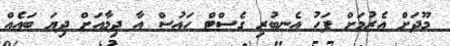
މޫދަށް އެރުމަށް ފަހު އެނބުރި ގެސްޓް ހައުސް އާ ދިމާއަށް ދިޔަ ބައެއް